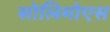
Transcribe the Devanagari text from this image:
सोलिमोएस